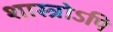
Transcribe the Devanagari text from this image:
शास्त्रोऽपि